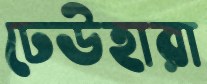
ঢেউহারা